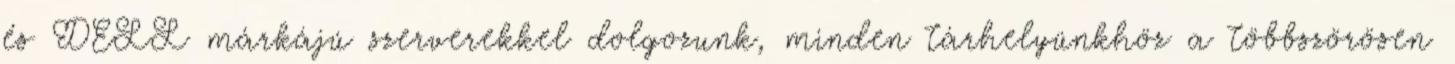
és DELL márkájú szerverekkel dolgozunk, minden tárhelyünkhöz a többszörösen